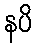
နပိ